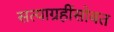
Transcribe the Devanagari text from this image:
सत्याग्रहींसोबत